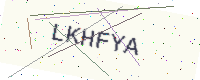
Text: LKHFYA